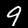
Digit: 9